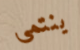
ينتمى